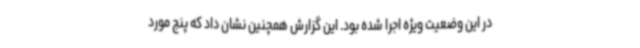
در این وضعیت ویژه اجرا شده بود. این گزارش همچنین نشان داد که پنج مورد